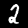
Digit: 2